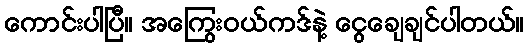
ကောင်းပါပြီ။ အကြွေးဝယ်ကဒ်နဲ့ ငွေချေချင်ပါတယ်။